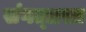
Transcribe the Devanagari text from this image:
संगत्ग्रस्त